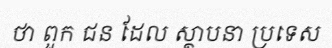
ថា ពួក ជន ដែល ស្ថាបនា ប្រទេស